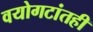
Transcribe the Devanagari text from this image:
वयोगटांतही